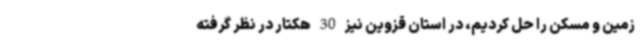
زمین و مسکن را حل کردیم، در استان قزوین نیز 30 هکتار در نظر گرفته